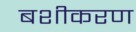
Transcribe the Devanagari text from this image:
बशीकरण